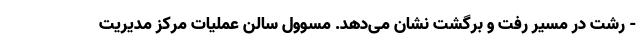
- رشت در مسیر رفت و برگشت نشان می‌دهد. مسوول سالن عملیات مرکز مدیریت